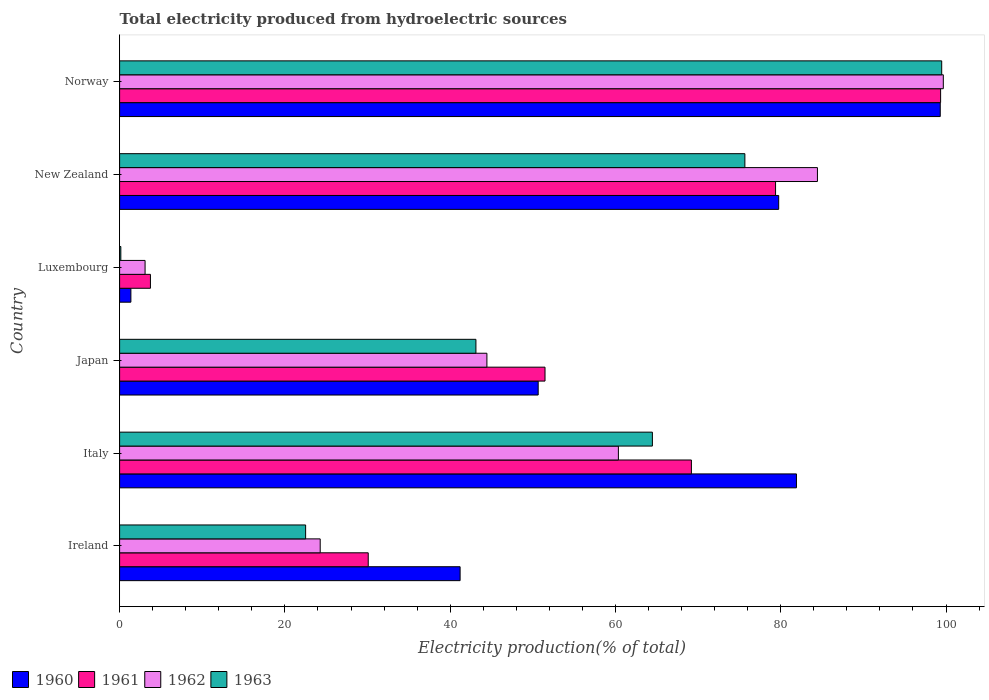
| Country | 1960 | 1961 | 1962 | 1963 |
 | --- | --- | --- | --- | --- |
 | Ireland | 41.2 | 30.1 | 24.3 | 22.5 |
 | Italy | 81.9 | 69.2 | 60.4 | 64.5 |
 | Japan | 50.6 | 51.5 | 44.4 | 43.1 |
 | Luxembourg | 1.37 | 3.73 | 3.08 | 0.148 |
 | New Zealand | 79.8 | 79.4 | 84.4 | 75.7 |
 | Norway | 99.3 | 99.3 | 99.7 | 99.5 |